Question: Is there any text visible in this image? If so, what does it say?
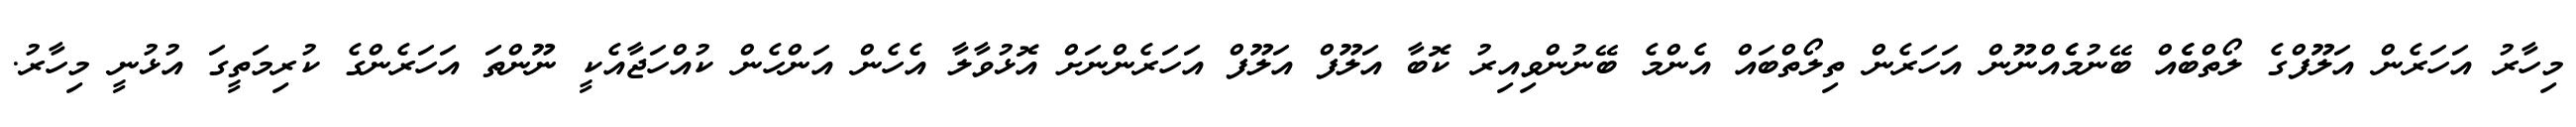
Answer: މިހާރު އަހަރެން އަލޫފްގެ ލޯތްބެެއް ބޭނުމެެއްނޫން އަހަރެން ތިލޯތްބައް އެންމެ ބޭނުންވިއިރު ކޮބާ އަލޫފް އަލޫފް އަހަރެންނަށް އޮޅުވާލާ އެހެން އަންހެން ކުއްހަޖާއެކީ ނޫންތަ އަހަރެންގެ ކުރިމަތީގަ އުޅުނީ މިހާރު.